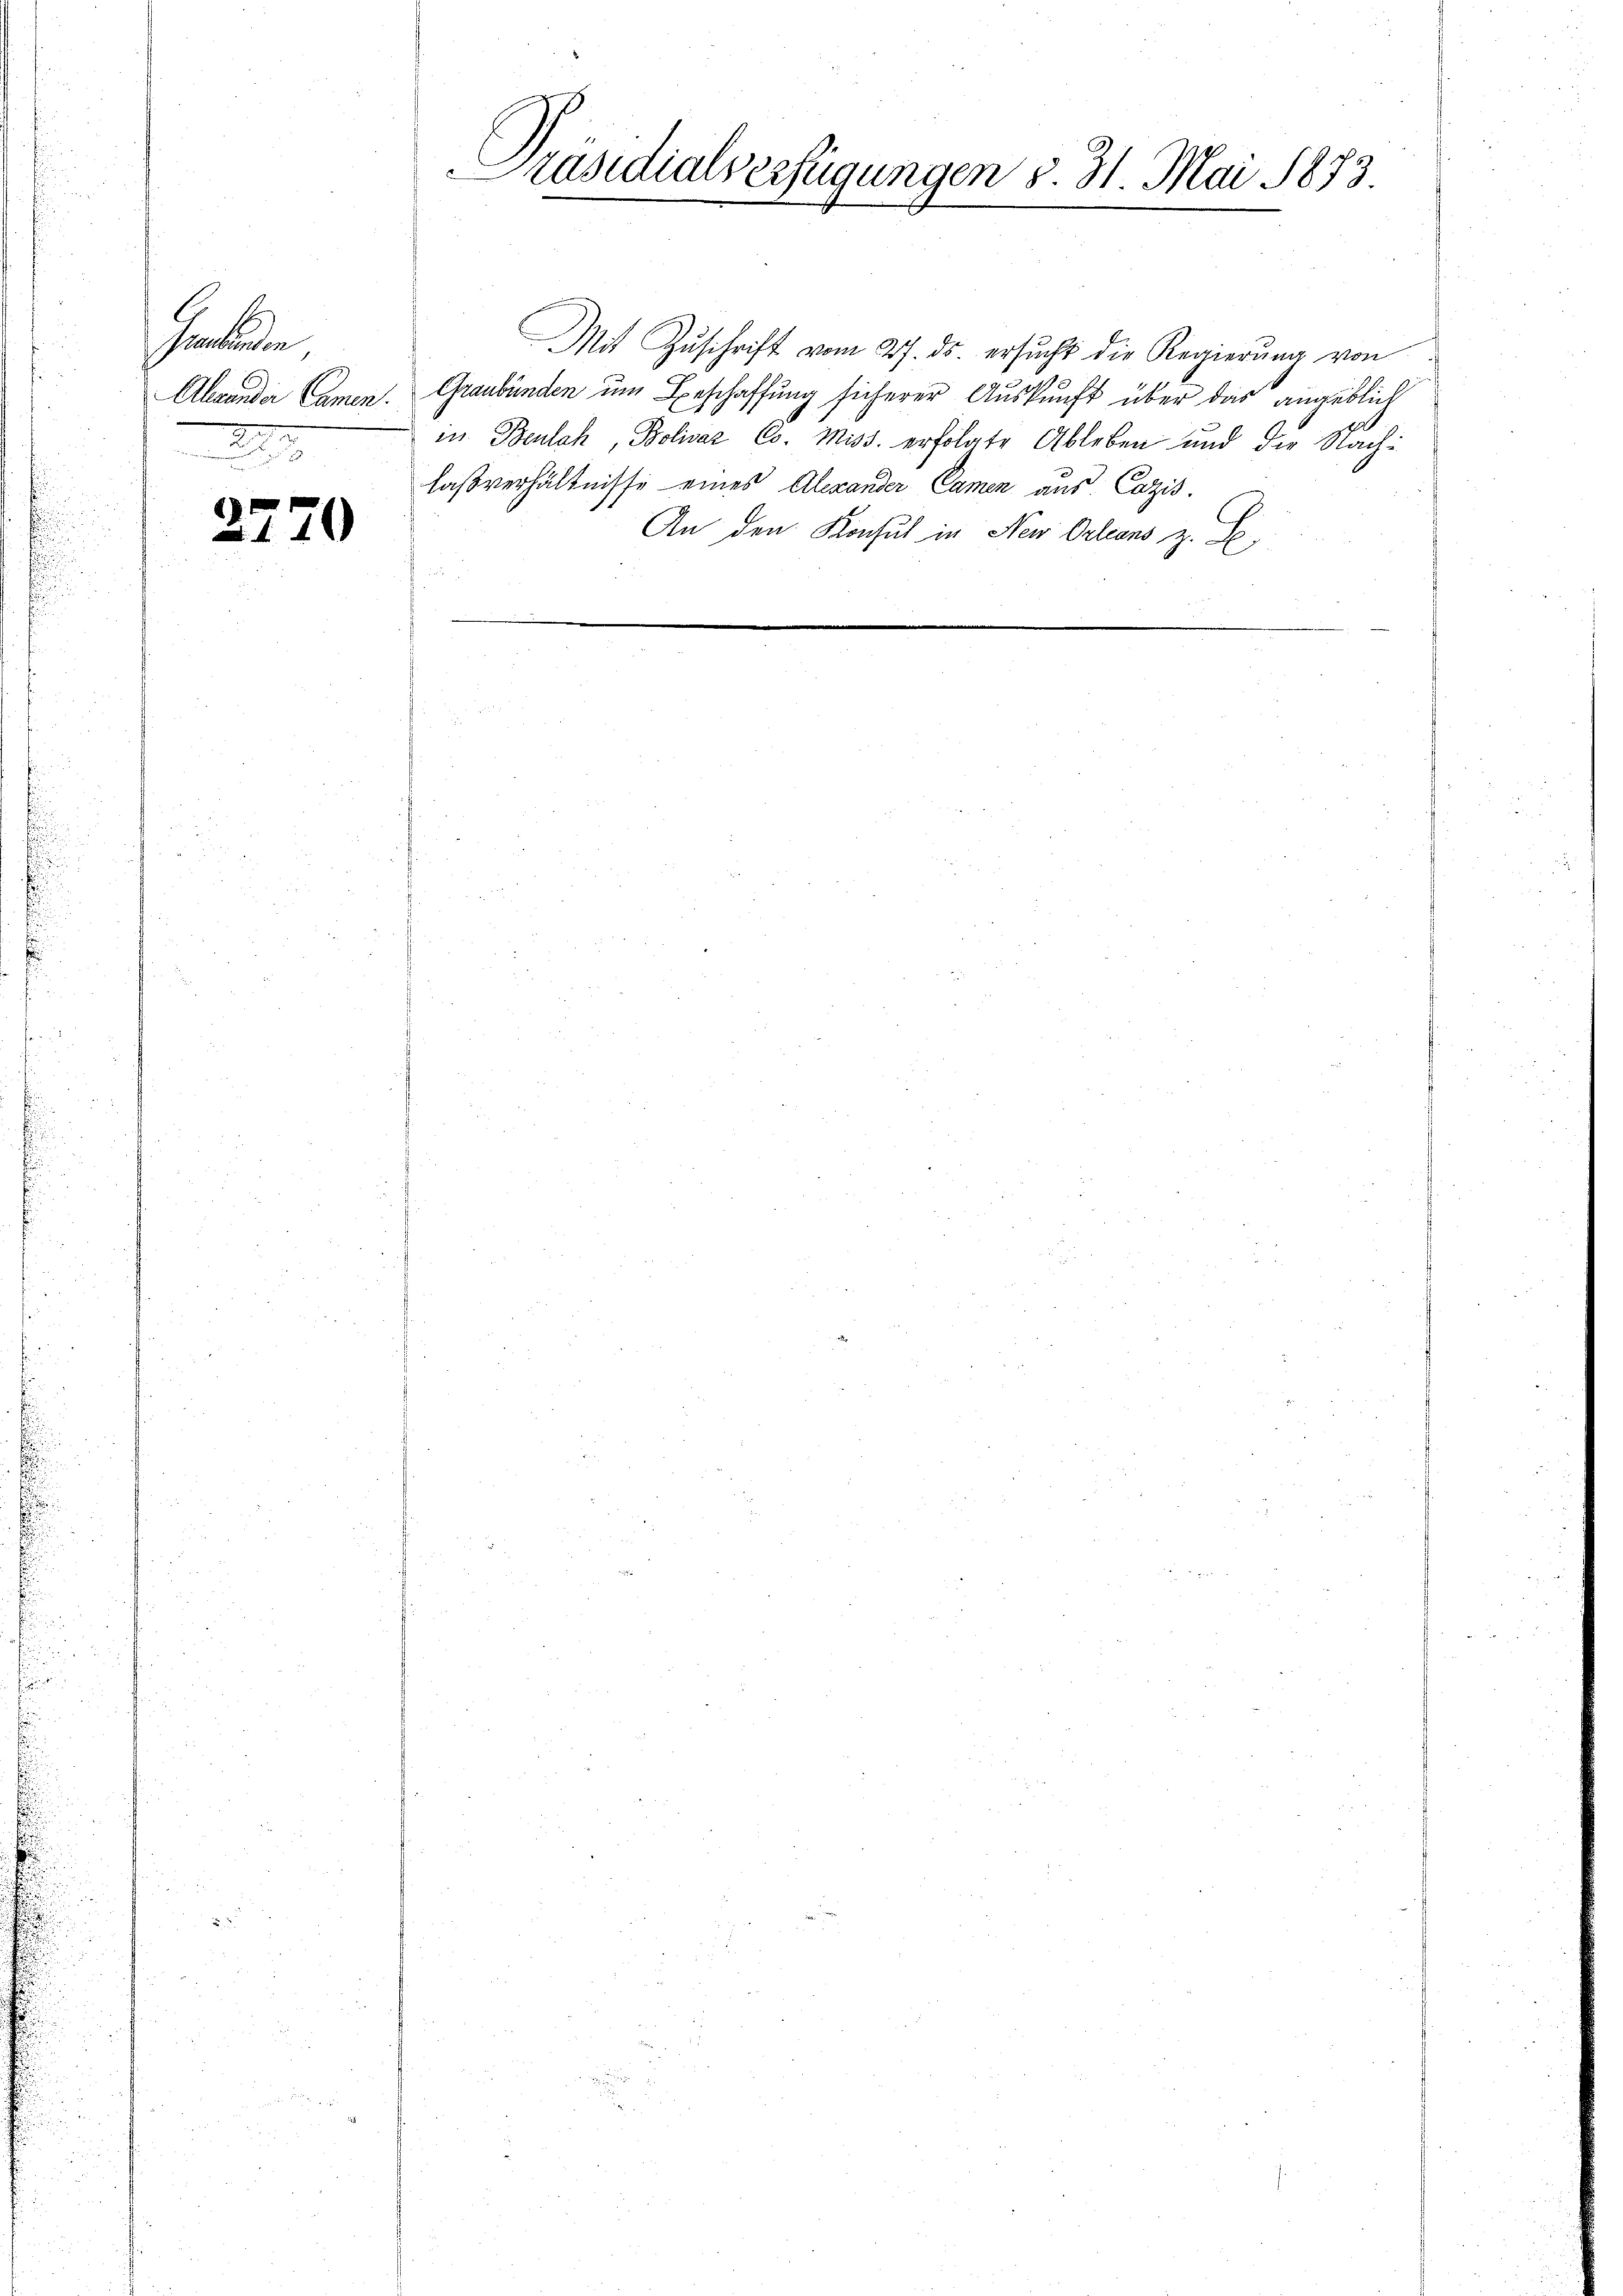
Hann
Ahrender Camen.
22

2770

Präsidialserfügungen §. 31. Mai 1873

Mit Zŭschrift vom 27. ds. ersŭcht die Regierŭng von
Graubünden um Beschaffung sicherer Auskunft über das angeblich
in Beulch, Bolivaz Co. Miss. erfolgte Ableben und der Nachlaßverhältnisse eines Alexander Camen aus. Cazis.
An den Konsul in Neu Orleans z. S